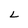
Character: L